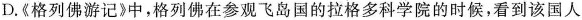
D.《格列佛游记》中，格列佛在参观飞岛国的拉格多科学院的时候，看到该国人